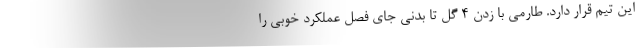
این تیم قرار دارد. طارمی با زدن 4 گل تا بدنی جای فصل عملکرد خوبی را